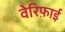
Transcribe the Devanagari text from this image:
वेरिफ़ाई